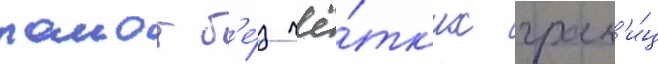
раион б'е́з чё́тк'их гран'и́ц